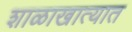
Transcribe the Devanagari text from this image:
शाळाखात्यात